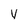
Character: y